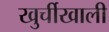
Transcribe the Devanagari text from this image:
खुर्चीखाली